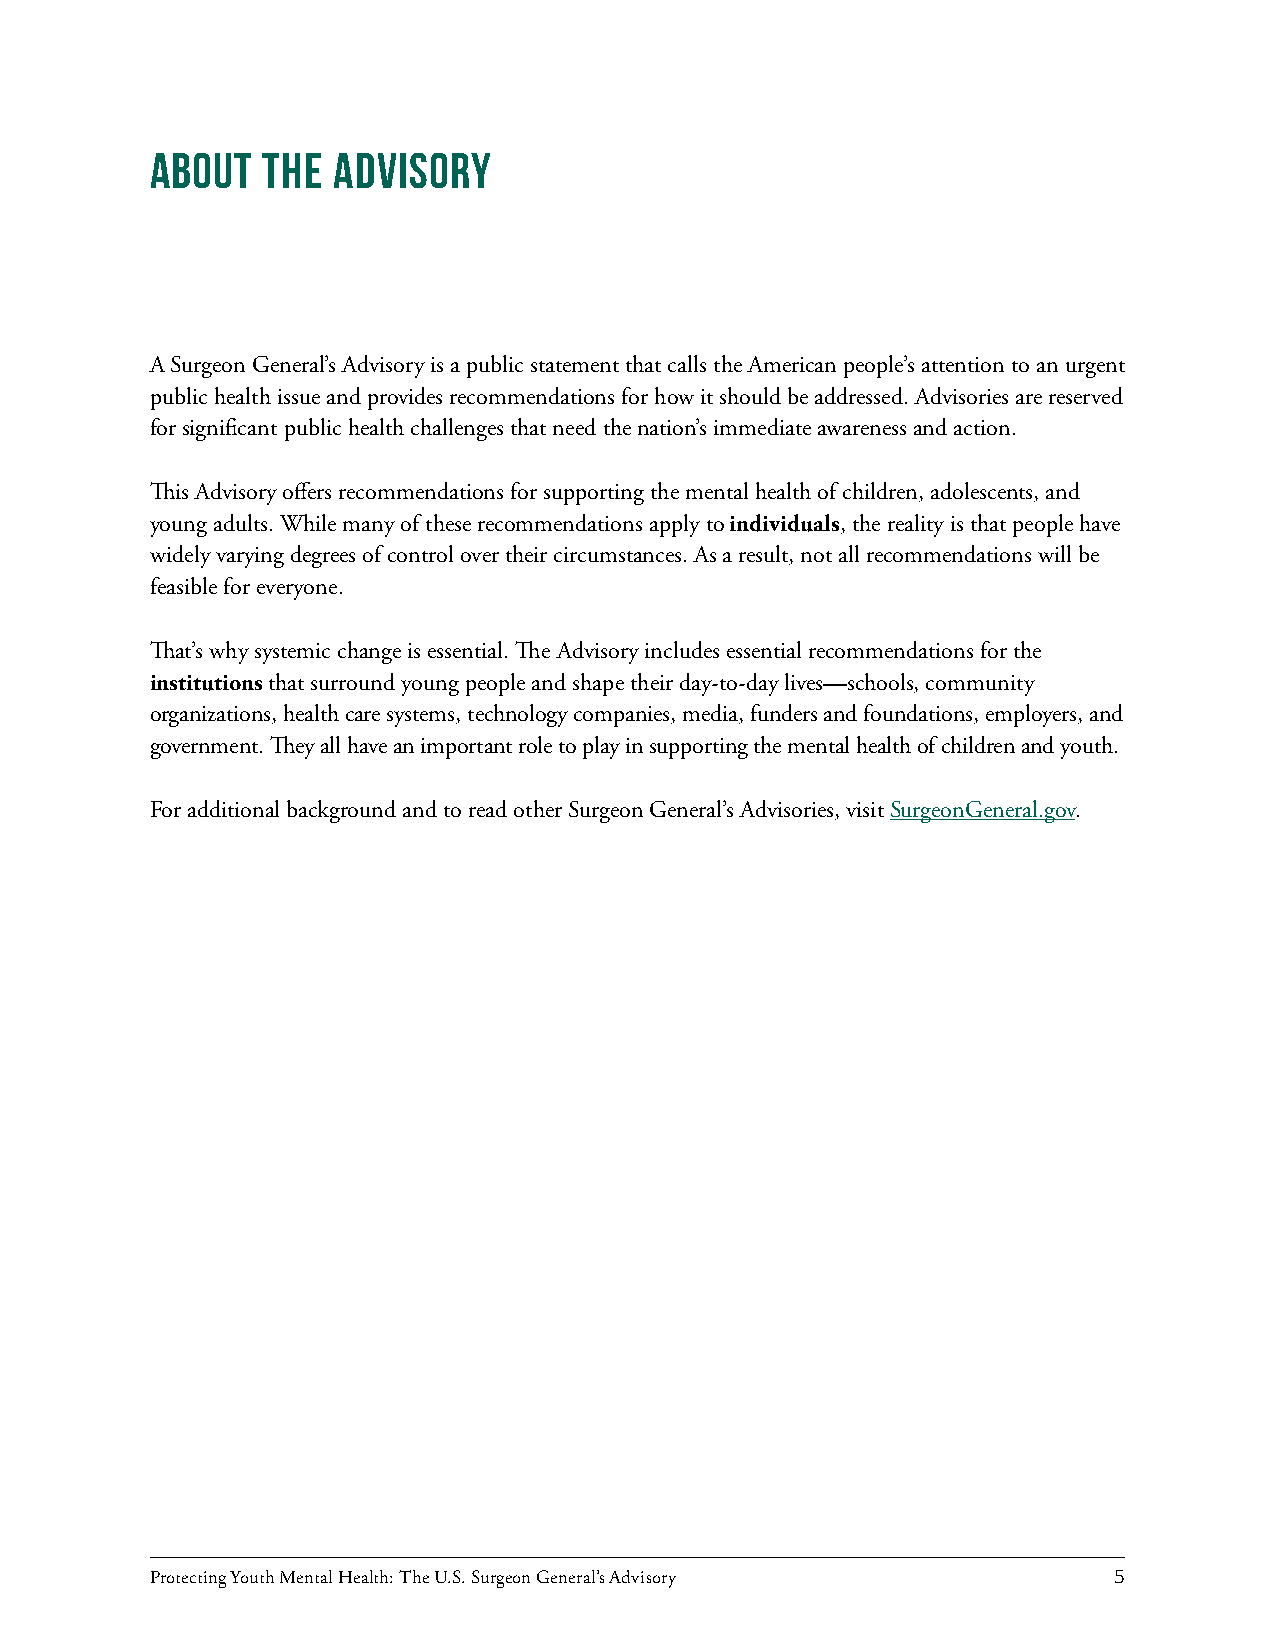
ABOUT  THE  ADVISORY
 A Surgeon General’s Advisory is a public statement that calls the American people’s attention to an urgent
 public health issue and provides recommendations for how it should be addressed. Advisories are reserved
 for significant public health challenges that need the nation’s immediate awareness and action.
 This Advisory offers recommendations for supporting the mental health of children, adolescents, and
 young adults. While many of these recommendations apply to individuals, the reality is that people have
 widely varying degrees of control over their circumstances. As a result, not all recommendations will be
 feasible for everyone.
 That’s why systemic change is essential. The Advisory includes essential recommendations for the
 institutions that surround young people and shape their day-to-day lives—schools, community
 organizations, health care systems, technology companies, media, funders and foundations, employers, and
 government. They all have an important role to play in supporting the mental health of children and youth.
 For additional background and to read other Surgeon General’s Advisories, visit SurgeonGeneral.gov.
 Protecting Youth Mental Health: The U.S. Surgeon General’s Advisory 5